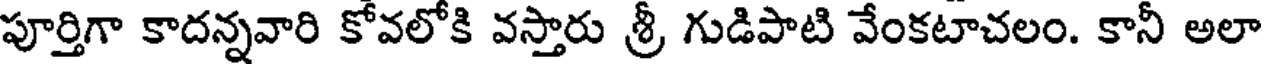
పూర్తిగా కాదన్నవారి కోవలోకి వస్తారు శ్రీ గుడిపాటి వేంకటాచలం. కానీ అలా